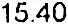
15.40